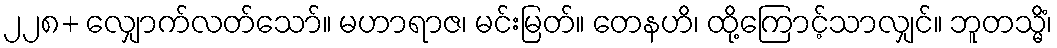
၂၂၈+ လျှောက်လတ်သော်။ မဟာရာဇ၊ မင်းမြတ်။ တေနဟိ၊ ထို့ကြောင့်သာလျှင်။ ဘူတသ္မိံ၊